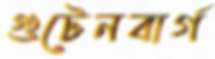
গুটেনবার্গ